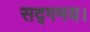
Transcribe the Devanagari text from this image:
सद्गमय।